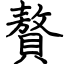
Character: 贅